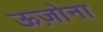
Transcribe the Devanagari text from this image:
ऊज़ोना